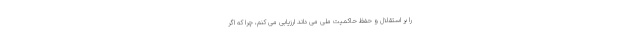
را بر استقلال و حفظ حاکمیت ملی می داند ارزیابی می کنم، چرا که اگر